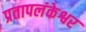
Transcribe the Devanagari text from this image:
प्रतापलंकेश्वर